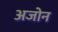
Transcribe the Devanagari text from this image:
अजोन